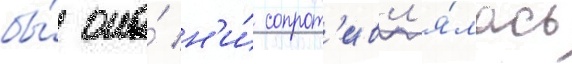
бы́ она́ н'и́ сопрот'ивл'я́лась